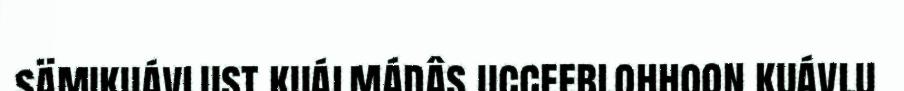
sämikuávlust kuálmádâs ucceeblohhoon kuávlu